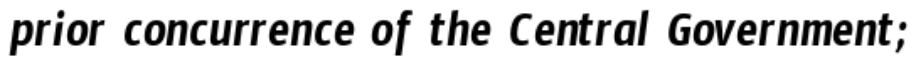
prior concurrence of the Central Government;